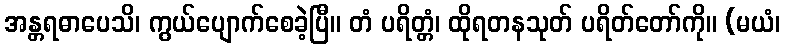
အန္တရဓာပေသိ၊ ကွယ်ပျောက်စေခဲ့ပြီ။ တံ ပရိတ္တံ၊ ထိုရတနသုတ် ပရိတ်တော်ကို။ (မယံ၊